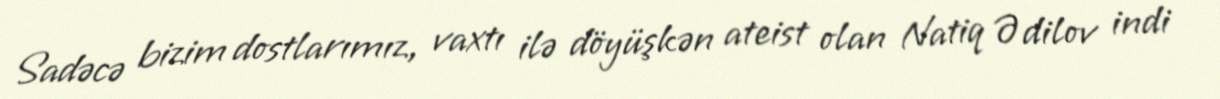
Sadəcə bizim dostlarımız, vaxtı ilə döyüşkən ateist olan Natiq Ədilov indi